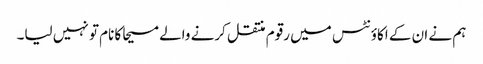
ہم نے ان کے اکاؤنٹس میں رقوم منتقل کرنے والے مسیحا کا نام تو نہیں لیا۔